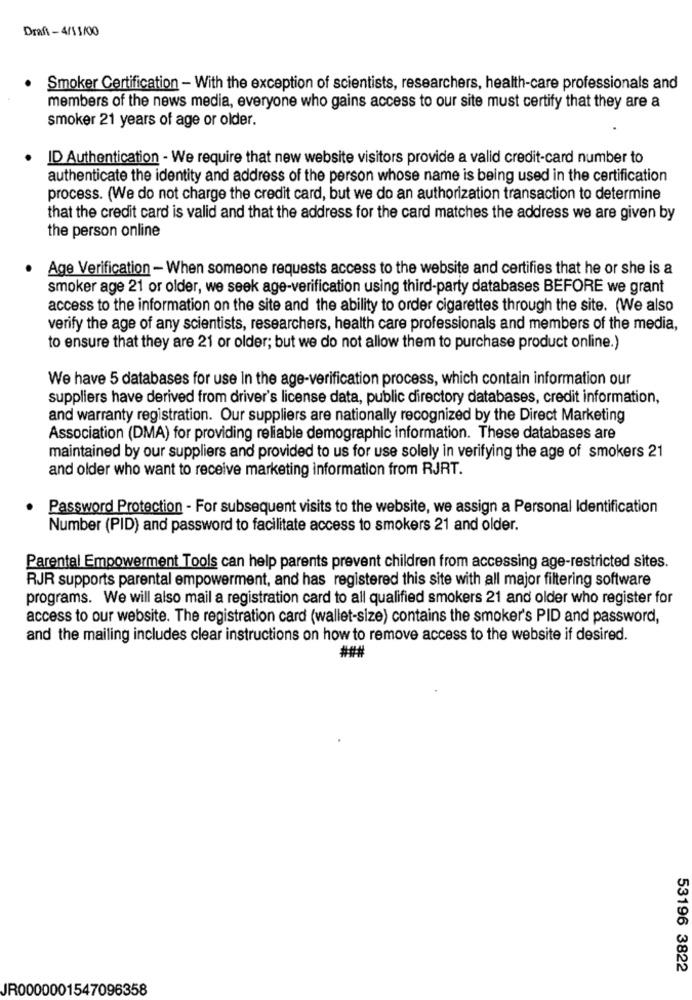
Draft - 4/1 1/00
Smoker Certification - With the exception of scientists, researchers, health-care professionals and
members of the news media, everyone who gains access to our site must certify that they are a
smoker 21 years of age or older.
ID Authentication - We require that new website visitors provide a valid credit-card number to
authenticate the identity and address of the person whose name is being used in the certification
process. (We do not charge the credit card, but we do an authorization transaction to determine
that the credit card is valid and that the address for the card matches the address we are given by
the person online
Age Verification - When someone requests access to the website and certifies that he or she is a
smoker age 21 or older, we seek age-verification using third-party databases BEFORE we grant
access to the information on the site and the ability to order cigarettes through the site. (We also
verify the age of any scientists, researchers, health care professionals and members of the media,
to ensure that they are 21 or older; but we do not allow them to purchase product online.)
We have 5 databases for use In the age-verification process, which contain information our
suppliers have derived from driver's license data, public directory databases, credit information,
and warranty registration. Our suppliers are nationally recognized by the Direct Marketing
Association (DMA) for providing reliable demographic information. These databases are
maintained by our suppliers and provided to us for use solely in verifying the age of smokers 21
and older who want to receive marketing information from RJRT.
Password Protection - For subsequent visits to the website, we assign a Personal Identification
Number (PID) and password to facilitate access to smokers 21 and older.
Parental Empowerment Tools can help parents prevent children from accessing age-restricted sites.
RJR supports parental empowerment, and has registered this site with all major filtering software
programs. We will also mail a registration card to all qualified smokers 21 and older who register for
access to our website. The registration card (wallet-size) contains the smoker's PID and password,
and the mailing includes clear instructions on how to remove access to the website if desired.
###
53196 3822
JR0000001547096358